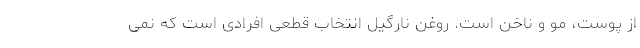
از پوست، مو و ناخن است. روغن نارگیل انتخاب قطعی افرادی است که نمی